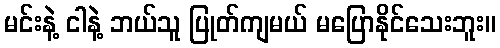
မင်းနဲ့ ငါနဲ့ ဘယ်သူ ပြုတ်ကျမယ် မပြောနိုင်သေးဘူး။